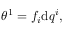
\begin{array} { r } { \theta ^ { 1 } = f _ { i } \mathrm { d } q ^ { i } , } \end{array}